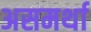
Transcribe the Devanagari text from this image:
असमर्था